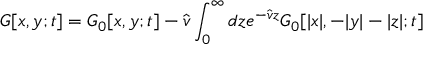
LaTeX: G [ x , y ; t ] = G _ { 0 } [ x , y ; t ] - \hat { v } \int _ { 0 } ^ { \infty } d z e ^ { - \hat { v } z } G _ { 0 } [ | x | , - | y | - | z | ; t ]